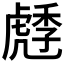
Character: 𧇯